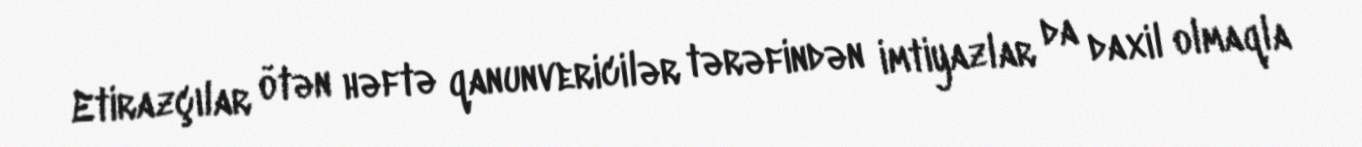
Etirazçılar ötən həftə qanunvericilər tərəfindən imtiyazlar da daxil olmaqla